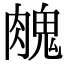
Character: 𦞱